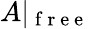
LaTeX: A|_{\mathrm{~f~r~e~e~}}